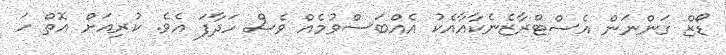
ޑޯޒް ގަންނަން އެސްޓްރާޒެނެކާއާއެކު އެއްބަސްވުމެއް ވެސް ހަދާފަ އެވެ. ކުރިއަށް އޮތް ހަ